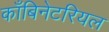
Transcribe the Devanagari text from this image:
काँबिनेटरियल